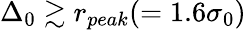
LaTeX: \Delta_{0}\gtrsim r_{peak}(=1.6\sigma_{0})